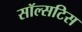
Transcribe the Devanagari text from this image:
सॉल्सटिस